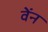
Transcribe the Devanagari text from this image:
वेंन